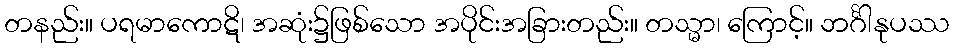
တနည်း။ ပရမာကောဋိ၊ အဆုံး၌ဖြစ်သော အပိုင်းအခြားတည်း။ တသ္မာ၊ ကြောင့်။ ဘင်္ဂါနုပဿ